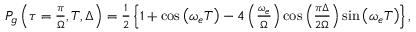
\begin{array} { r } { P _ { g } \left( \tau = \frac { \pi } { \Omega } , T , \Delta \right) = \frac { 1 } { 2 } \left\{ 1 + \cos \left( \omega _ { e } T \right) - 4 \left( \frac { \omega _ { e } } { \Omega } \right) \cos \left( \frac { \pi \Delta } { 2 \Omega } \right) \sin \left( \omega _ { e } T \right) \right\} , } \end{array}